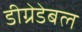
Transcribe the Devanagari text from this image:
डीग्रेडेबल